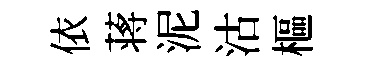
依蒋泥沽樞